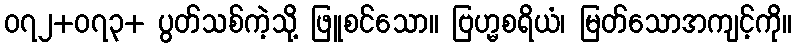
၀၇၂+၀၇၃+ ပွတ်သစ်ကဲ့သို့ ဖြူစင်သော။ ဗြဟ္မစရိယံ၊ မြတ်သောအကျင့်ကို။